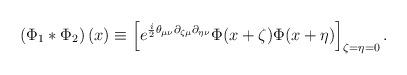
LaTeX: \begin{align*} \left(\Phi_1 * \Phi_2\right)(x) \equiv\left[e^{\frac{i}{2}\theta_{\mu \nu} \partial_{\zeta \mu} \partial_{\eta \nu}} \Phi(x+\zeta)\Phi(x+\eta)\right]_{\zeta=\eta=0}.\end{align*}